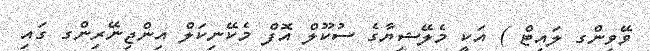
ވޭވިންގ ލައިޓް ) އަކީ މެލޭޝިޔާގެ ސުކޫލް އޮފް މެކޭނިކަލް އިންޖިނޭރިންގ ގައި